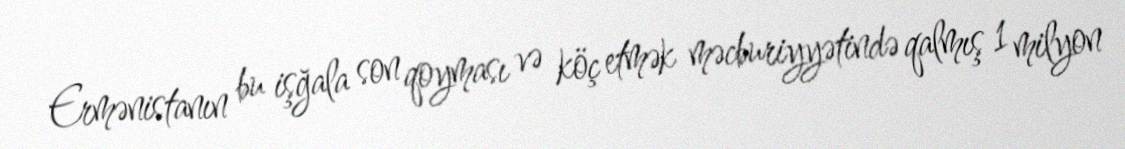
Ermənistanın bu işğala son qoyması və köç etmək məcburiyyətində qalmış 1 milyon